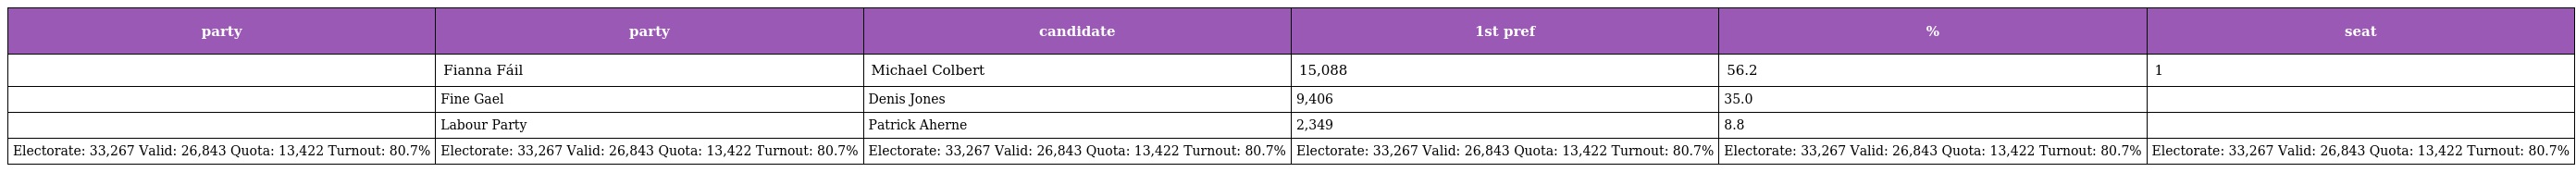
| party | party | candidate | 1st pref | % | seat |
 | --- | --- | --- | --- | --- | --- |
 |  | Fianna Fáil | Michael Colbert | 15,088 | 56.2 | 1 |
 |  | Fine Gael | Denis Jones | 9,406 | 35.0 |  |
 |  | Labour Party | Patrick Aherne | 2,349 | 8.8 |  |
 | Electorate: 33,267 Valid: 26,843 Quota: 13,422 Turnout: 80.7% | Electorate: 33,267 Valid: 26,843 Quota: 13,422 Turnout: 80.7% | Electorate: 33,267 Valid: 26,843 Quota: 13,422 Turnout: 80.7% | Electorate: 33,267 Valid: 26,843 Quota: 13,422 Turnout: 80.7% | Electorate: 33,267 Valid: 26,843 Quota: 13,422 Turnout: 80.7% | Electorate: 33,267 Valid: 26,843 Quota: 13,422 Turnout: 80.7% |